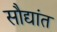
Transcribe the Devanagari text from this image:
सौद्यांत